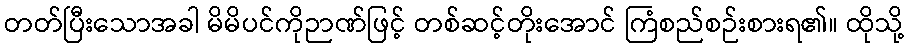
တတ်ပြီးသောအခါ မိမိပင်ကိုဉာဏ်ဖြင့် တစ်ဆင့်တိုးအောင် ကြံစည်စဉ်းစားရ၏။ ထိုသို့